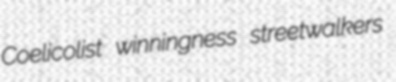
Coelicolist winningness streetwalkers